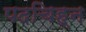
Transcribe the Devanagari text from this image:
पदचिह्‌न